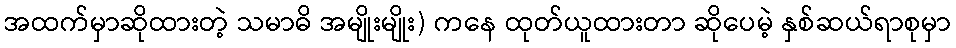
အထက်မှာဆိုထားတဲ့ သမာဓိ အမျိုးမျိုး) ကနေ ထုတ်ယူထားတာ ဆိုပေမဲ့ နှစ်ဆယ်ရာစုမှာ